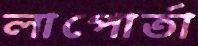
লাপোর্তা